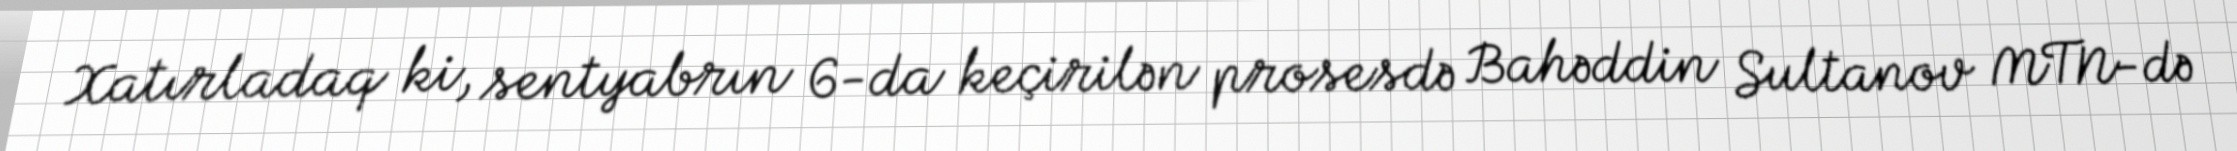
Xatırladaq ki, sentyabrın 6-da keçirilən prosesdə Bahəddin Sultanov MTN-də